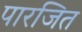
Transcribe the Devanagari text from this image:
पारजित